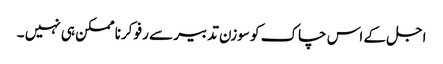
اجل کے اس چاک کو سوزن تدبیر سے رفو کرنا ممکن ہی نہیں ۔